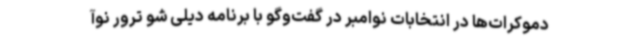
دموکرات‌ها در انتخابات نوامبر در گفت‌وگو با برنامه دیلی شو ترور نوآ